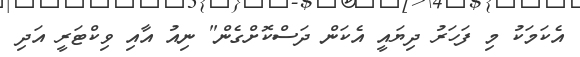
އެކަމަކު މި ފަހަރު ދިޔައީ އެކަން ދަސްކޮށްގެން" ނިއު އާއި ވިކްޓަރީ އަދި